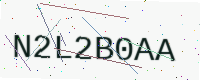
Text: N2L2B0AA